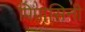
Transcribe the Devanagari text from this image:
पिपासिनी